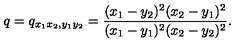
q = q _ { x _ { 1 } x _ { 2 } , y _ { 1 } y _ { 2 } } = \frac { ( x _ { 1 } - y _ { 2 } ) ^ { 2 } ( x _ { 2 } - y _ { 1 } ) ^ { 2 } } { ( x _ { 1 } - y _ { 1 } ) ^ { 2 } ( x _ { 2 } - y _ { 2 } ) ^ { 2 } } .